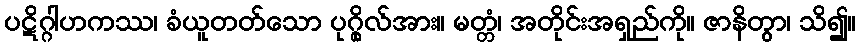
ပဋိဂ္ဂါဟကဿ၊ ခံယူတတ်သော ပုဂ္ဂိုလ်အား။ မတ္တံ၊ အတိုင်းအရှည်ကို။ ဇာနိတွာ၊ သိ၍။